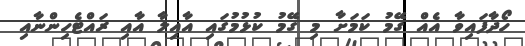
ހޯދާފައިވާ އެއް ގޭމު ކަމަށާ މި ގޭމު ކުޅުމުގައި އާއިލާ އާއި ރައްޓެހިންނާއި